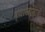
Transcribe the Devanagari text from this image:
व्याखानात